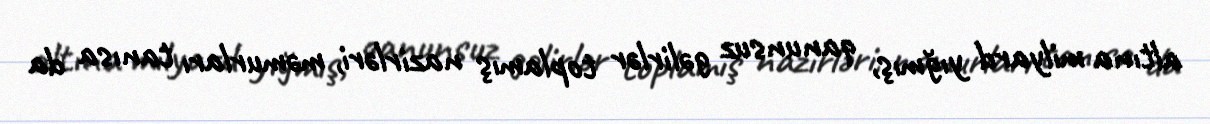
altına milyard yığmış, qanunsuz gəlirlər toplamış nazirləri, məmurları tanısa da